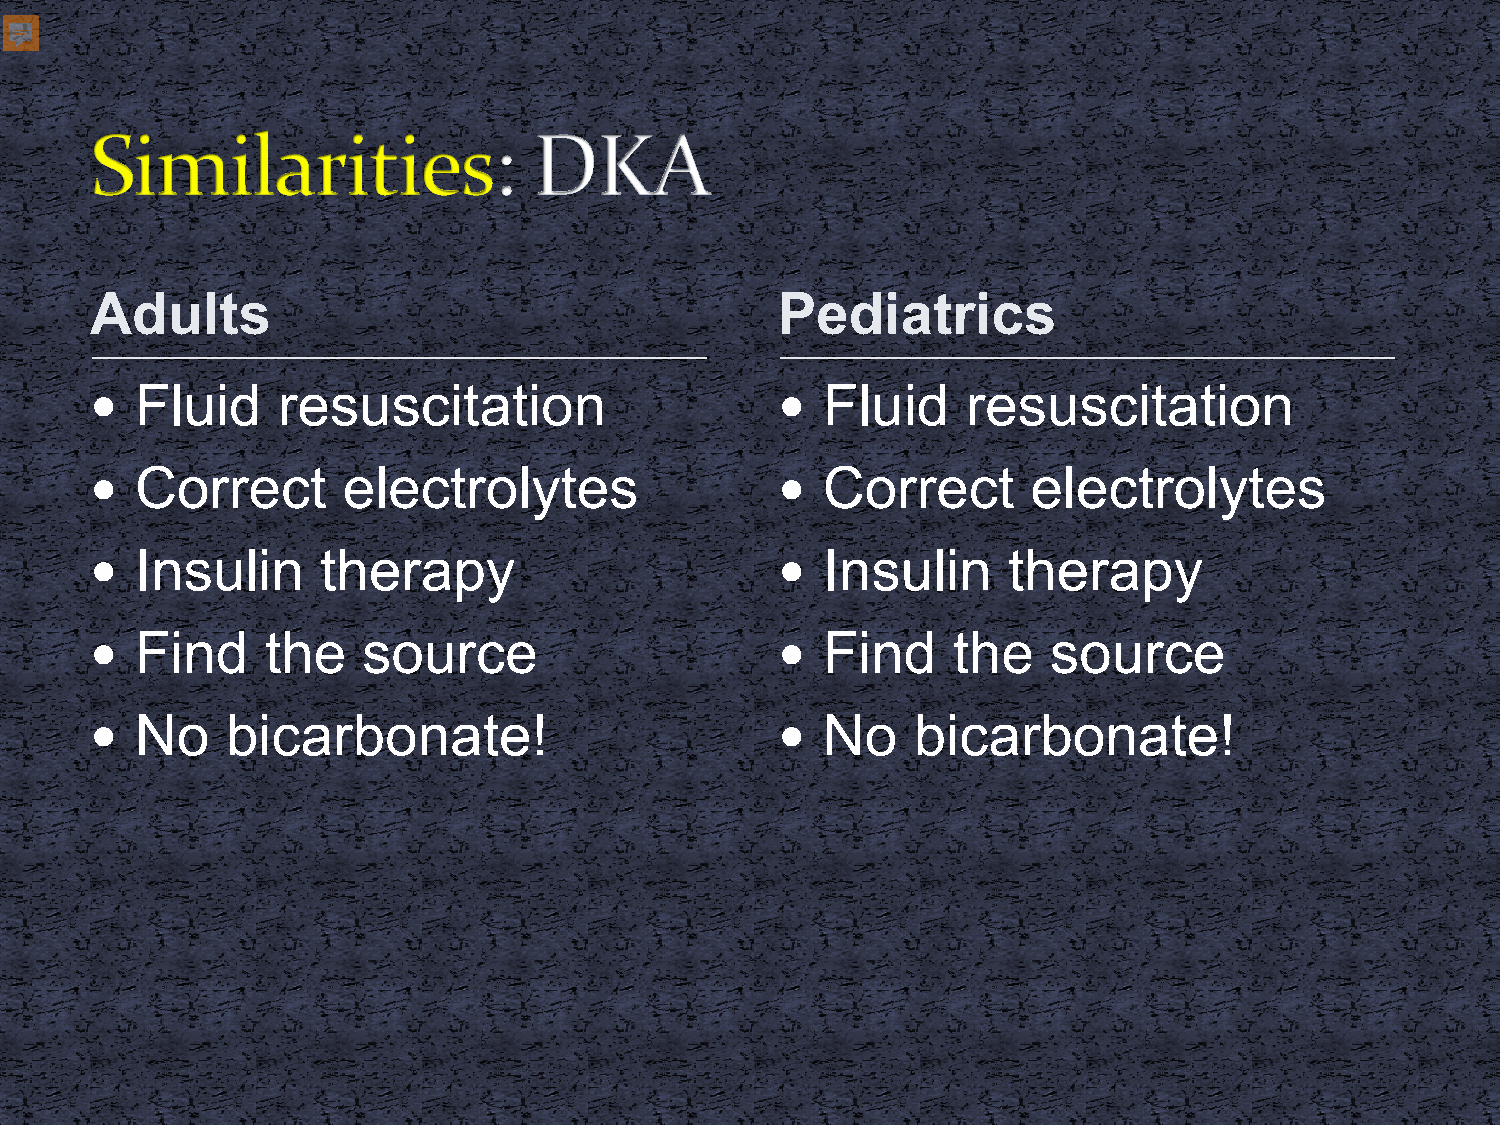
Adults                                       Pediatrics
   Fluid    resuscitation                      Fluid     resuscitation
   Correct       electrolytes                  Correct       electrolytes
   Insulin     therapy                         Insulin      therapy
   Find     the   source                       Find     the    source
   No    bicarbonate!                          No    bicarbonate!